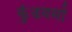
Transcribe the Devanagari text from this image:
कुंडवर्मा